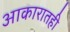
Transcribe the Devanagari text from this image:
आकारातही